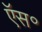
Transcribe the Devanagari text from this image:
ऍस॰